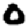
Digit: 0